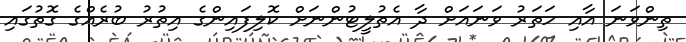
ތިންވަނަ އާއި ހަތަރު ވަނައަށް ދާ އެތުލީޓުންނަށް ކޮލިފައިންގެ އިތުރު ބުރެއްގެ ގޮތުގައި